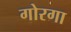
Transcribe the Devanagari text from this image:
गोरगा